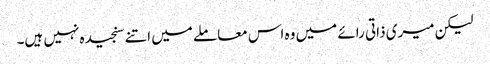
لیکن میری ذاتی رائے میں وہ اس معاملے میں اتنے سنجیدہ نہیں ہیں۔